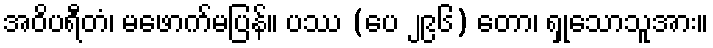
အဝိပရီတံ၊ မဖောက်မပြန်။ ပဿ (ပေ ၂၉၆) တော၊ ရှုသောသူအား။